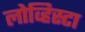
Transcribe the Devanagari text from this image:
लोव्हिस्टा